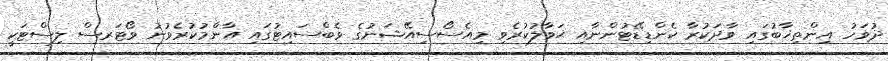
ދުވަހު އިންތިޚާބުގައި ވާދަކުރާ ކެންޑިޑޭޓުންނާއި ޙަވާލުކުރެވި މިއެސޯސިއޭޝަނުގެ ވެބްސައިޓުގައި އާންމުކުރެވުނު ވޯޓަރސް ލިސްޓަކީ